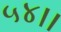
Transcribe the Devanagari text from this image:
५४।।